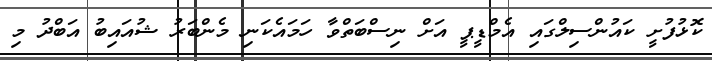
ކޮޅުފުށީ ކައުންސިލްގައި އެމްޑީޕީ އަށް ނިސްބަތްވާ ހަމައެކަނި މެންބަރު ޝުއައިބު އަބްދު މި